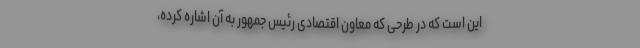
این است که در طرحی که معاون اقتصادی رئیس جمهور به آن اشاره کرده،